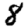
Digit: 8